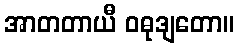
အာတတာယီ ဝဓုဒျတော။